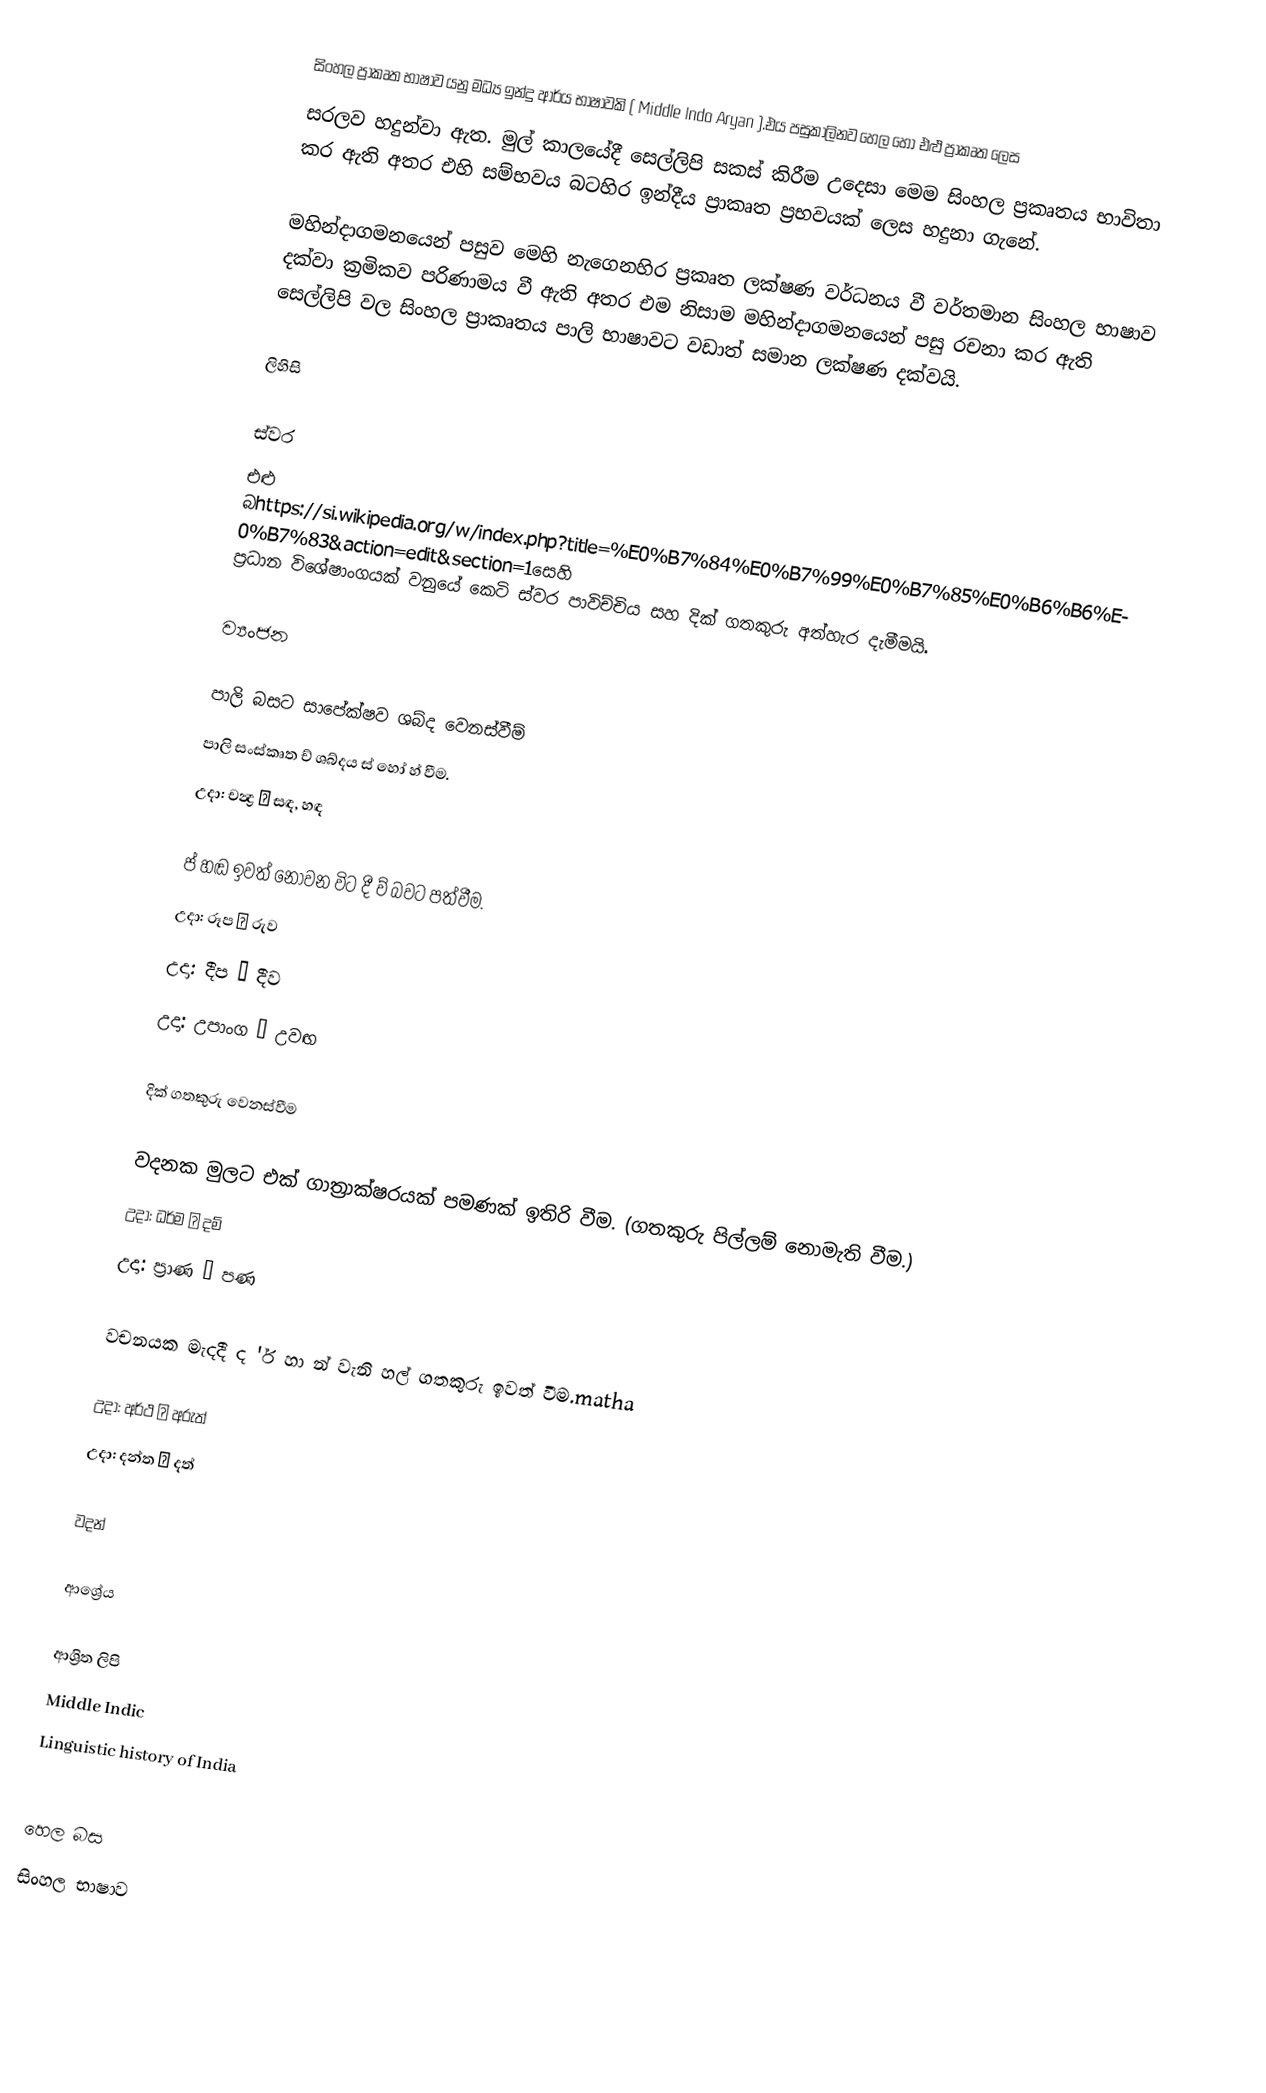
සිංහල ප්‍රාකෘත භාෂාව යනු මධ්‍ය ඉන්දු ආර්ය භාෂාවකි ( Middle Indo Aryan ).එය පසුකාලිනව හෙල හෝ එළු ප්‍රාකෘත ලෙස
සරලව හදුන්වා ඇත. මුල් කාලයේදී සෙල්ලිපි සකස් කිරීම උදෙසා මෙම සිංහල ප්‍රකෘතය භාවිතා කර ඇති අතර එහි සම්භවය බටහිර ඉන්දීය ප්‍රාකෘත ප්‍රභවයක් ලෙස හදුනා ගැනේ.

මහින්දාගමනයෙන් පසුව මෙහි නැ⁣ගෙනහිර ප්‍රකෘත ලක්ෂණ වර්ධනය වී වර්තමාන සිංහල භාෂාව දක්වා ක්‍රමිකව පරිණාමය වී ඇති අතර එම නිසාම මහින්දාගමනයෙන් පසු රචනා කර ඇති සෙල්ලිපි වල සිංහල ප්‍රාකෘතය පාලි භාෂාවට වඩාත් සමාන ලක්ෂණ දක්වයි.

ලිහිසි

ස්වර
එළු බhttps://si.wikipedia.org/w/index.php?title=%E0%B7%84%E0%B7%99%E0%B7%85%E0%B6%B6%E0%B7%83&action=edit&section=1සෙහි ප්‍රධාන විශේෂාංගයක් වනුයේ කෙටි ස්වර පාවිච්චිය සහ දික් ගතකුරු අත්හැර දැමීමයි.

ව්‍යංජන

පාලි බසට සාපේක්ෂව ශබ්ද වෙනස්වීම්
 පාලි සංස්කෘත ච් ශබ්දය ස් හෝ හ් වීම.
උදා: චන්‍ද්‍ර → සඳ, හඳ

  ප් හඬ ඉවත් නොවන විට දී ව් බවට පත්වීම.
උදා: රූප → රුව
උදා: දීප → දීව
උදා: උපාංග → උවඟ

දික් ගතකුරු වෙනස්වීම

වදනක මුලට එක් ගාත්‍රාක්ෂරයක් පමණක් ඉතිරි වීම. (ගතකුරු පිල්ලම් නොමැති වීම.)
උදා: ධර්ම → දම්
උදා: ප්‍රාණ → පණ

වචනයක මැදදී ද 'ර් හා න් වැනි හල් ගතකුරු ඉවත් වීම.matha

උදා: අර්ථ → අරුත්
උදා: දන්ත → දත්

වදන්

ආශ්‍රේය

ආශ්‍රිත ලිපි
Middle Indic
Linguistic history of India

හෙල බස
සිංහල භාෂාව